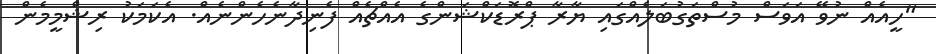
"ހީއެއް ނުވޭ އަވަސް މުސްތަގުބަލެއްގައި ޔާރާ ޕްރޮޑަކްޝަންގެ އެއްޗެއް ފެނިދާނެހެންނެއް. އެކަމަކު ރިޝްމީމެން